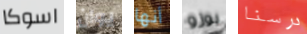
اسوكا يوان أنها بوزو درسنا